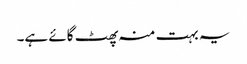
یہ بہت منہ پھٹ گائے ہے۔